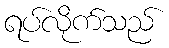
ရပ်လိုက်သည်